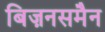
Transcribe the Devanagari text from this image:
बिज़नसमैन